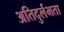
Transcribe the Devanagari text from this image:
अतिदुर्लभता